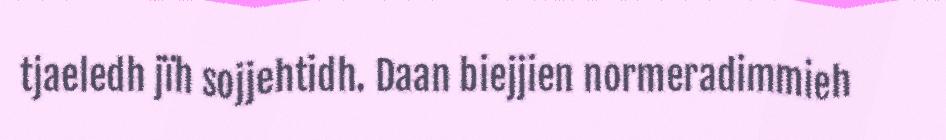
tjaeledh jïh sojjehtidh. Daan biejjien normeradimmieh